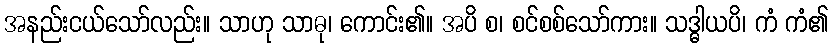
အနည်းငယ်သော်လည်း။ သာဟု သာဓု၊ ကောင်း၏။ အပိ စ၊ စင်စစ်သော်ကား။ သဒ္ဓါယပိ၊ ကံ ကံ၏